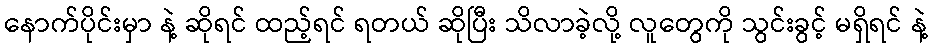
နောက်ပိုင်းမှာ နဲ့ ဆိုရင် ထည့်ရင် ရတယ် ဆိုပြီး သိလာခဲ့လို့ လူတွေကို သွင်းခွင့် မရှိရင် နဲ့